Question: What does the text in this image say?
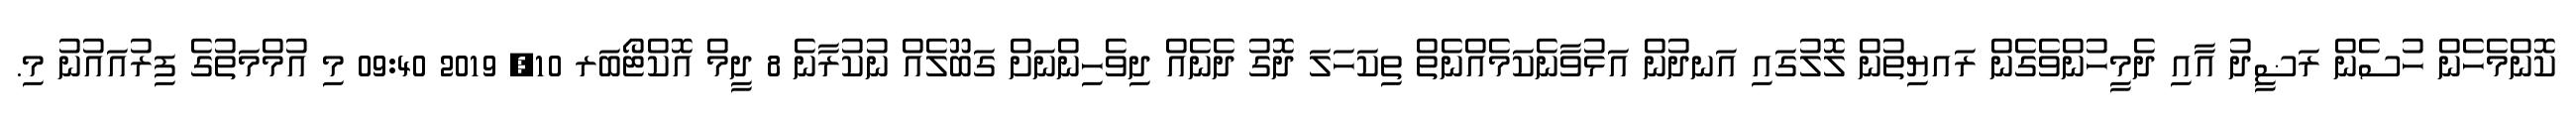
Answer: ކޮންމެހެން ހުސެން ރަޟީދު އާއި ދެމީހުންވެގެން ރައޔިތުން ލޮލުގައި އަނދުން އަޅުވާނެކަމެއްނެތް ތިކަހަލަ ދޮގު ދެނެއް ދިވެހިންނަށް ގަބޫލެއް ނުކުރާނެ 8 ދީމް އޮކްޓޯބަރ 10, 2019 09:40 މި އުމްމަތުގެ ފިރުއައުނު މި.